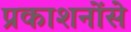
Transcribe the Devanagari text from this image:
प्रकाशनोंसे